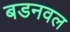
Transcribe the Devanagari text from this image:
बडनवल